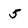
Character: 5